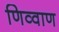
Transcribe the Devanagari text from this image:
णिव्वाण